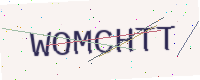
Text: WOMCHTT